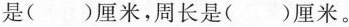
是( )厘米，周长是( )厘米。